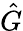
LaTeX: \hat{G}